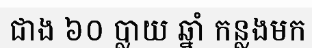
ជាង ៦០ ប្លាយ ឆ្នាំ កន្លងមក